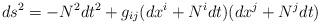
LaTeX: \begin{align*}ds^2 = - N^2 dt^2+g_{ij}(dx^i+N^idt)(dx^j+N^jdt)\end{align*}